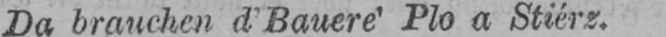
Da brauchen d’Bauere’ Plo a Stiérz.